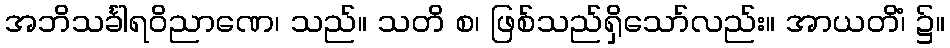
အဘိသင်္ခါရဝိညာဏေ၊ သည်။ သတိ စ၊ ဖြစ်သည်ရှိသော်လည်း။ အာယတိံ၊ ၌။